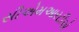
સીએમઆરટીએ